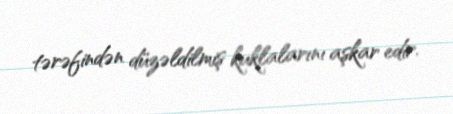
tərəfindən düzəldilmiş kuklalarını aşkar edir.